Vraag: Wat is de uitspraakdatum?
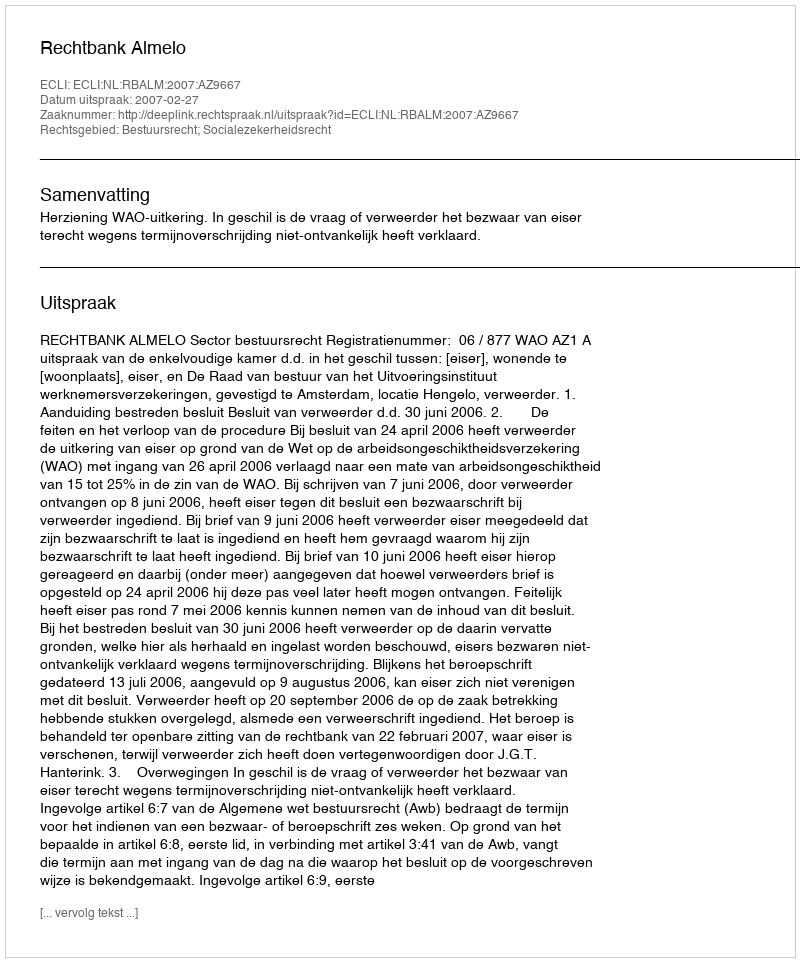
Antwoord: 2007-02-27